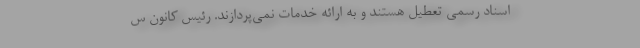
اسناد رسمی تعطیل هستند و به ارائه خدمات نمی‌پردازند. رئیس کانون س